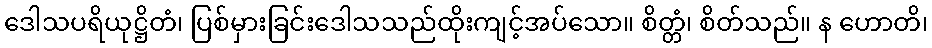
ဒေါသပရိယုဋ္ဌိတံ၊ ပြစ်မှားခြင်းဒေါသသည်ထိုးကျင့်အပ်သော။ စိတ္တံ၊ စိတ်သည်။ န ဟောတိ၊